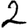
Digit: 2